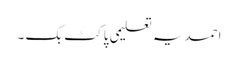
احمدیہ تعلیمی پاکٹ بک ۔